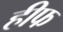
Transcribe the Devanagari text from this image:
हीफ